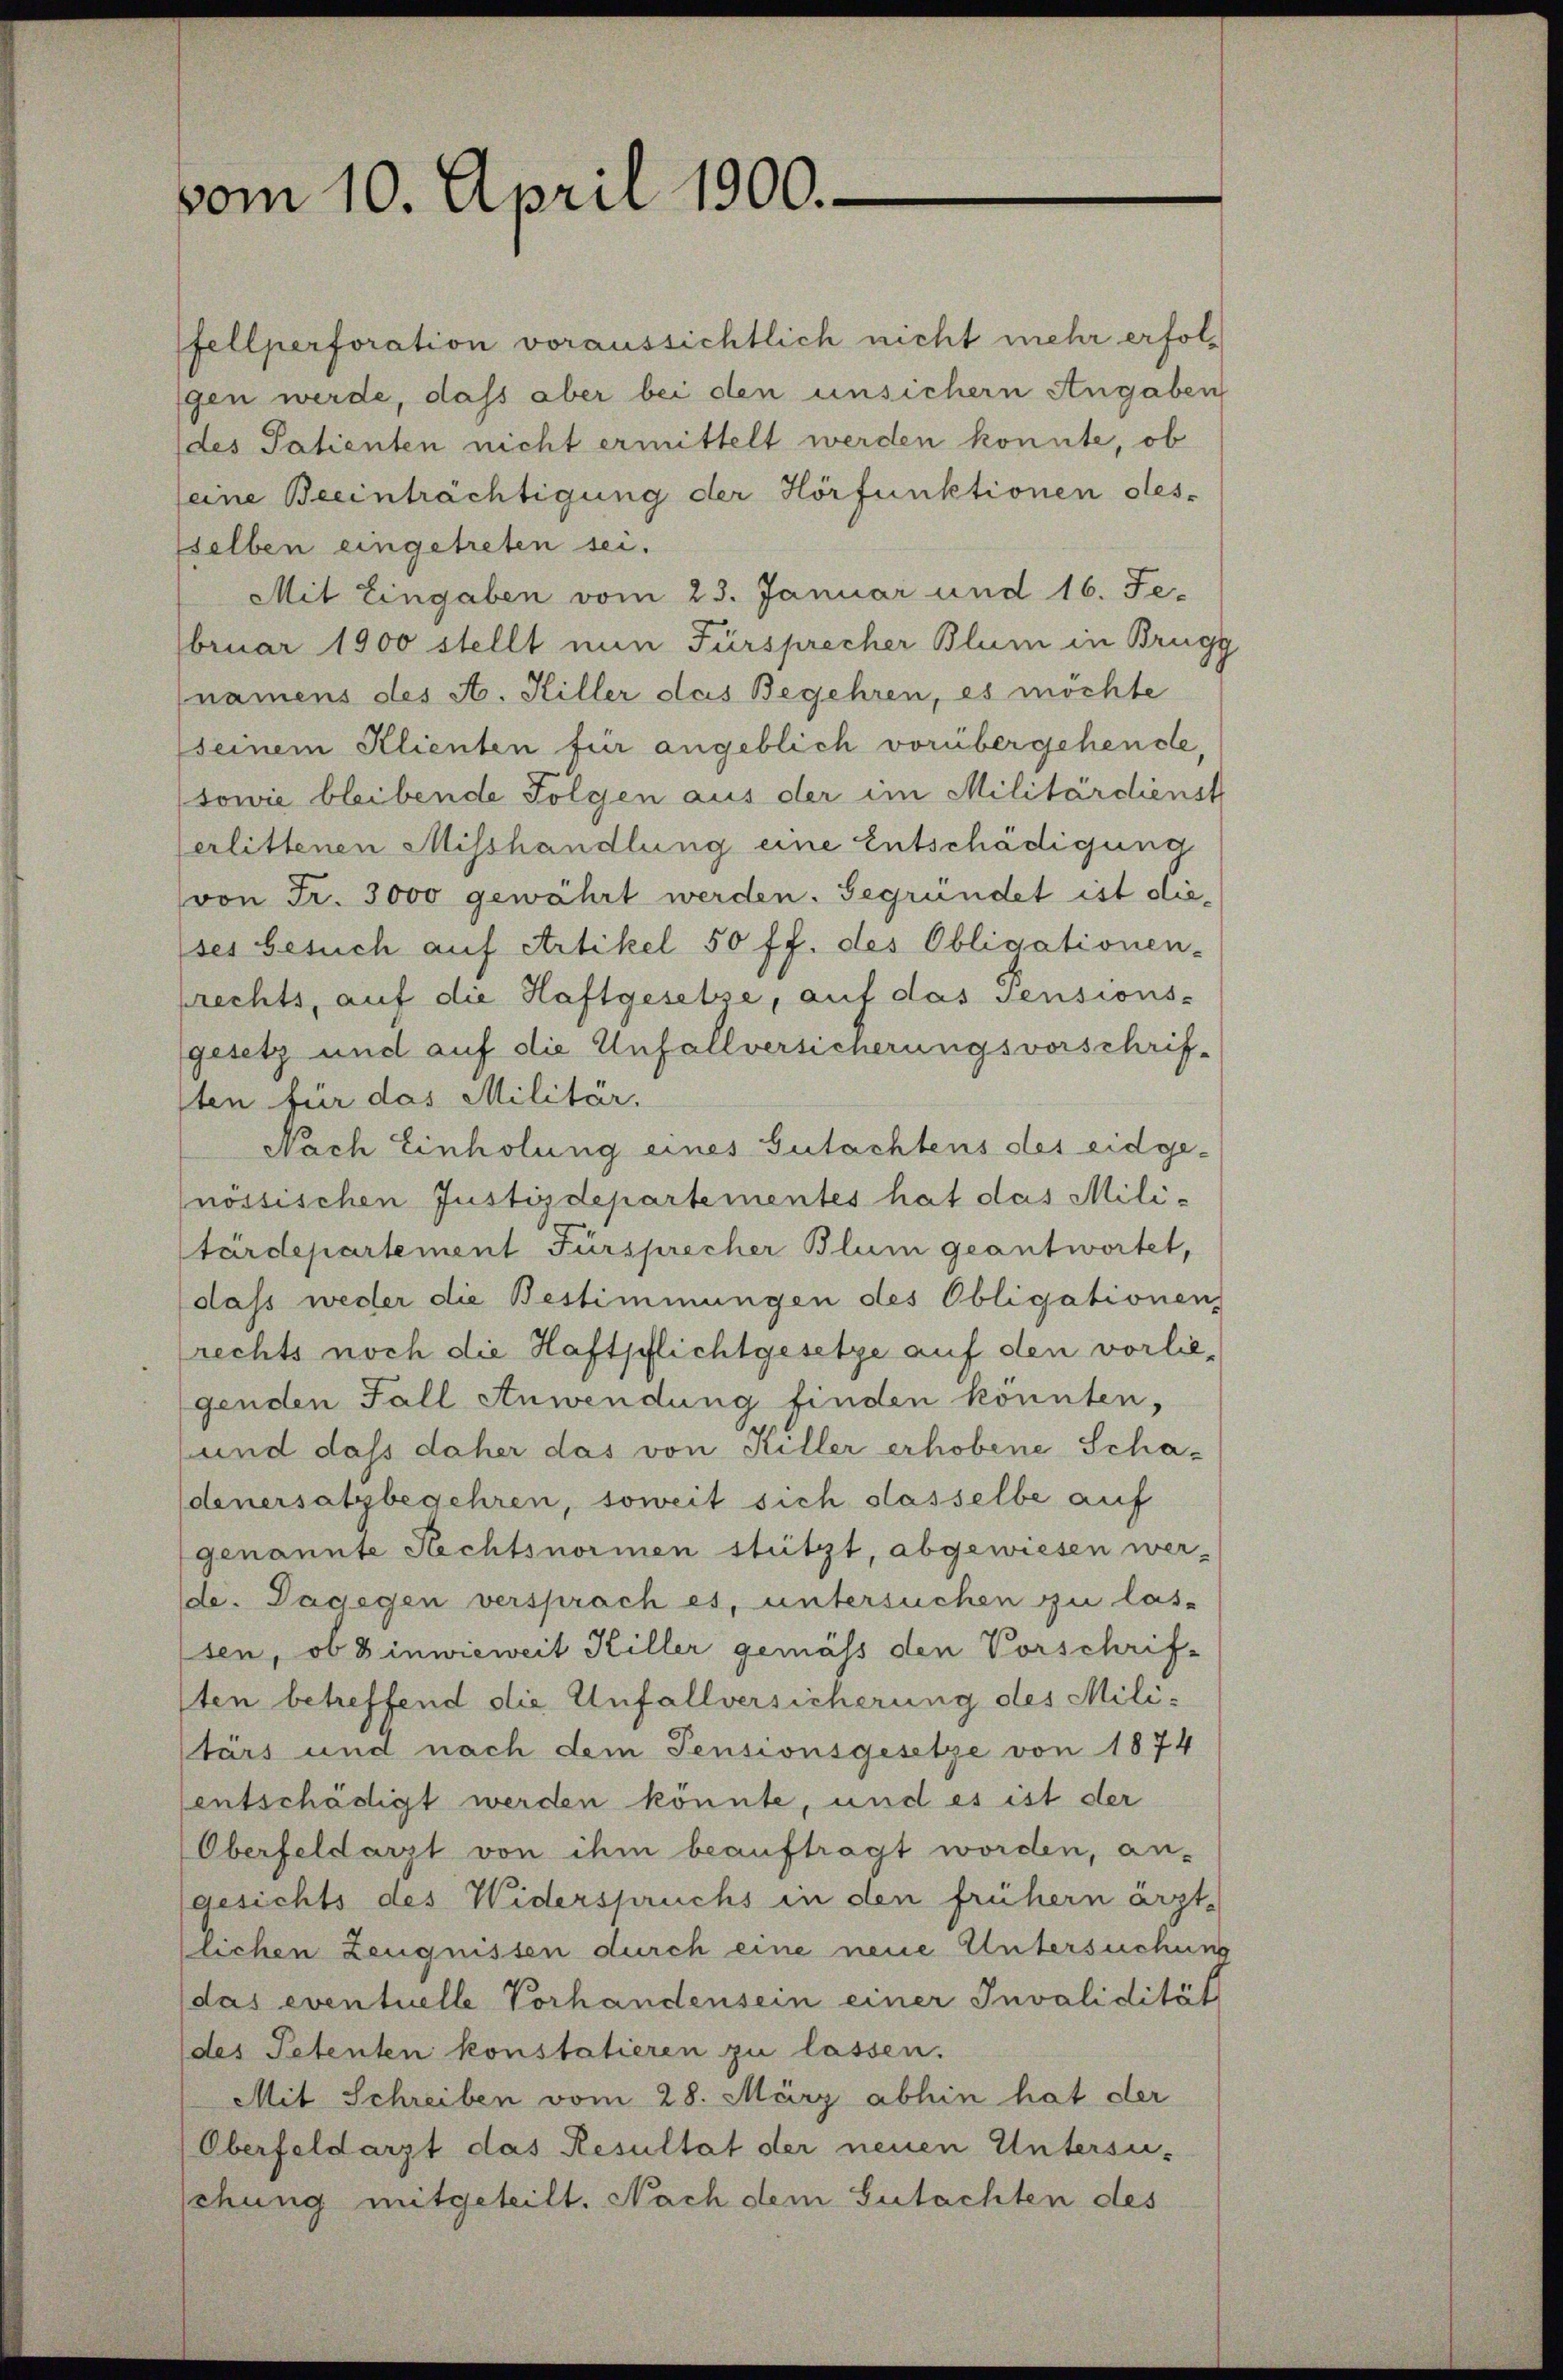
vom 10. April 1900.

fellperforation voraussichtlich nicht mehr erfolgen werde, daß aber bei den unsichern Angaben
des Patienten nicht ermittelt werden konnte, ob
eine Beeinträchtigung der Horfunktionen des-
selben eingetreten sei.
Mit Eingaben vom 23. Januar und 16. Je-
bruar 1900 stellt nun Fürsprecher Blum in Brugg
namens des A. Hiller das Begehren, es möchte
seinem Klienten für angeblich vorübergehende,
sowie bleibende Folgen aus der im Militärdienst
erlittenen Misshandlung eine Entschädigung
von Fr. 3000 gewährt werden. Begründet ist dieses besuch auf Artikel 50 ff. des Obligationen-
prechts, auf die Haftgesetze, auf das Pensions-
gesetz und auf die Unfallversicherungsvorschrif-
sten für das Militär,
Nach Einholung eines Gutachtens des eidge-
nössischen Justizdepartementes hat das Militärdepartement Fürsprecher Blum geantwortet,
dass weder die Bestimmungen des Obligationen,
rechts noch die Haftpflichtgesetze auf den vorliegenden Fall Anwendung finden könnten,
und dass daher das von Hiller erhobene Schadenersatz begehren, soweit sich sasselbe auf
genannte Rechtsnormen stützt, abgewiesen wer-
de. Dagegen versprach es, untersuchen zu las-
sen, ob Einwieweit Hiller gemäss den Vorschrif-
sten betreffend die Unfallversicherung des Militärs und nach dem Pensionsgesetze von 1874
entschädigt werden könnte, und es ist der
Oberfeldarzt von ihm beauftragt worden, an-
gesichts des Widerspruchs in den frühern ärztlichen Zeugnissen durch eine neue Untersuchung
(das eventuelle Vorhandensein einer Invalidität
des Petenten konstatieren zu lassen.
Mit Schreiben vom 28. März abhin hat der
Oberfeldarzt das Resultat der neuen Untersusehung mitgeteilt. Nach dem Gutachten des